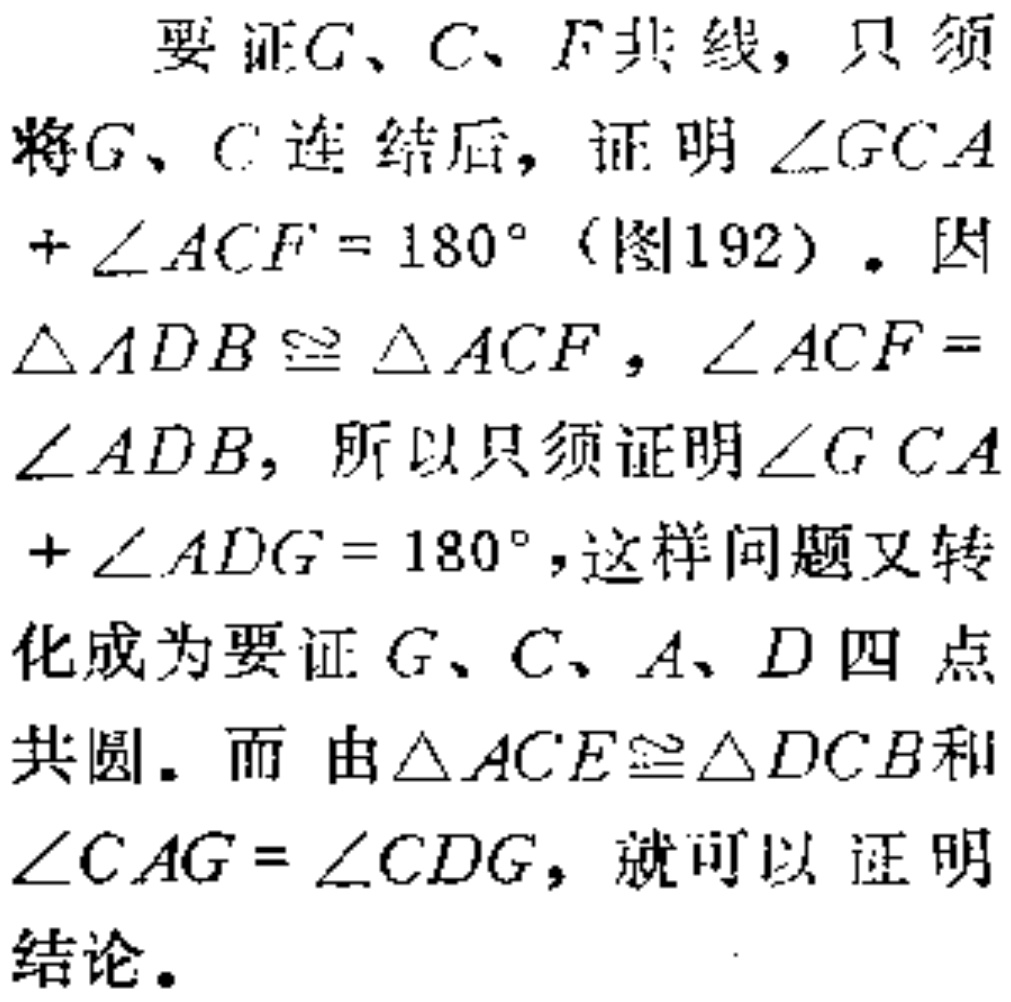
要证\(G\)、\(C\)、\(F\)共线，只须将\(G\)、\(C\)连结后，证明\(\angle GCA+\angle ACF = 180^{\circ}\)（图192）。因\(\triangle ADB\cong\triangle ACF\)，\(\angle ACF=\angle ADB\)，所以只须证明\(\angle GCA+\angle ADG = 180^{\circ}\)，这样问题又转化成为要证\(G\)、\(C\)、\(A\)、\(D\)四点共圆。而由\(\triangle ACE\cong\triangle DCB\)和\(\angle CAG = \angle CDG\)，就可以证明结论。